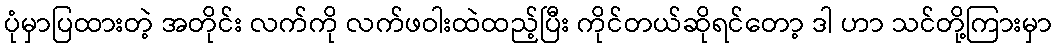
ပုံမှာပြထားတဲ့ အတိုင်း လက်ကို လက်ဖဝါးထဲထည့်ပြီး ကိုင်တယ်ဆိုရင်တော့ ဒါ ဟာ သင်တို့ကြားမှာ